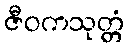
ဇီဝကသုတ္တံ